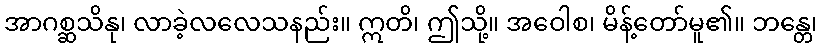
အာဂစ္ဆသိနု၊ လာခဲ့လလေသနည်း။ ဣတိ၊ ဤသို့။ အဝေါစ၊ မိန့်တော်မူ၏။ ဘန္တေ၊